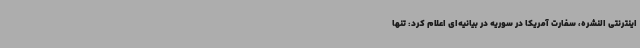
اینترنتی النشره، سفارت آمریکا در سوریه در بیانیه‌ای اعلام کرد: تنها